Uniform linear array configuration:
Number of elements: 12
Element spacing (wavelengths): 0.25
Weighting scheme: cosine
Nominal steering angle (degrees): -30
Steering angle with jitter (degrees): -28.659
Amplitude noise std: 0.05
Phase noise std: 0.05

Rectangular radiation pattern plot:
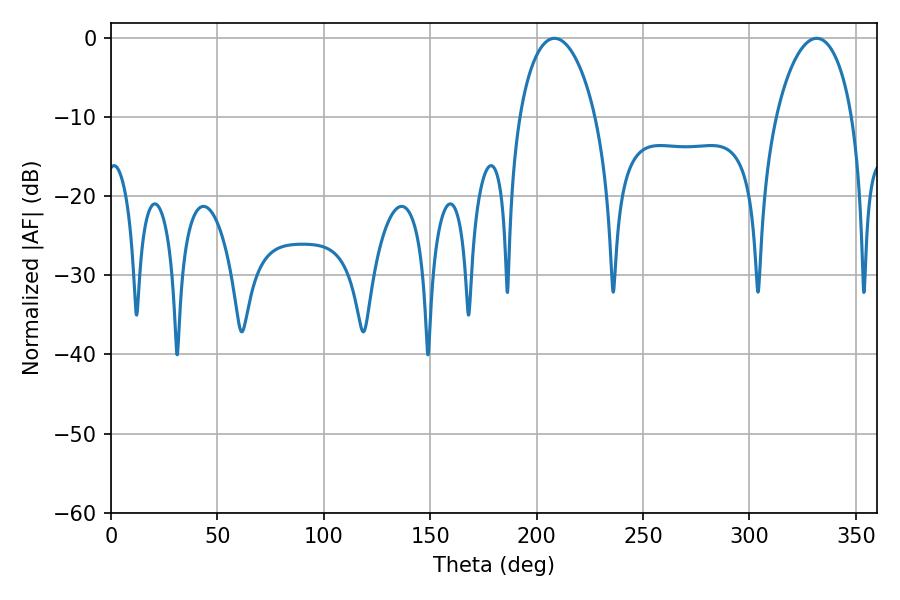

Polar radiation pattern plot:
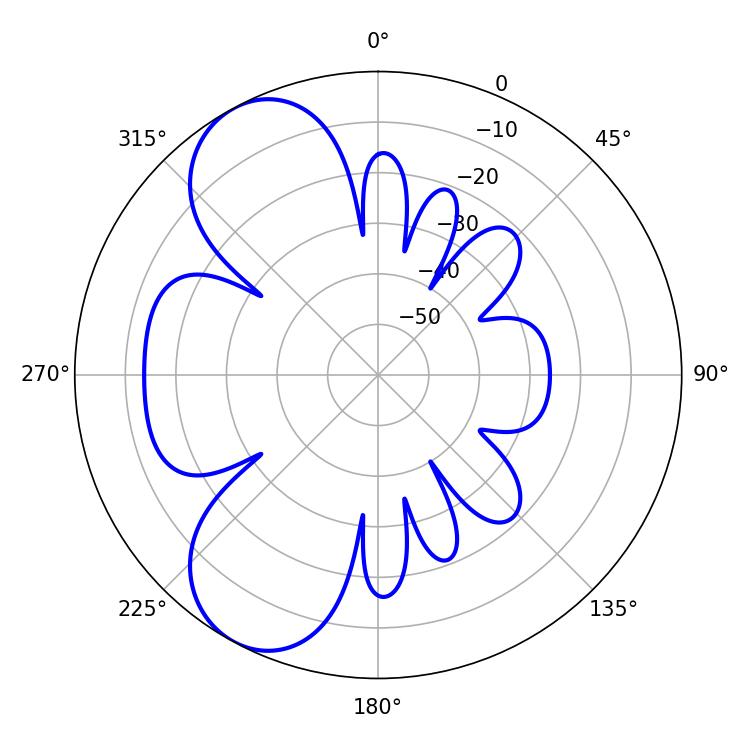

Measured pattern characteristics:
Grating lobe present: FALSE
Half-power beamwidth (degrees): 20.34
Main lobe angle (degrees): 331.56